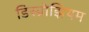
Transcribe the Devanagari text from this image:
डिस्प्रोझियम